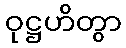
ဝုဋ္ဌဟိတွာ